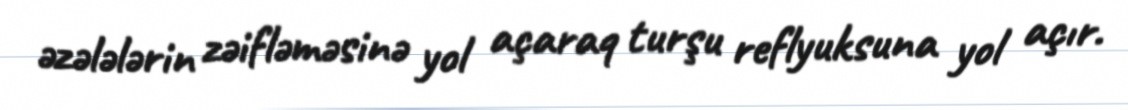
əzələlərin zəifləməsinə yol açaraq turşu reflyuksuna yol açır.